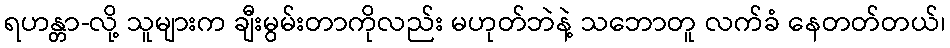
ရဟန္တာ-လို့ သူများက ချီးမွမ်းတာကိုလည်း မဟုတ်ဘဲနဲ့ သဘောတူ လက်ခံ နေတတ်တယ်၊